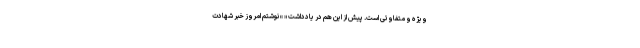
ویژه و متفاوتی است. پیش از این هم در یادداشت « » نوشتم امروز خبر شهادت